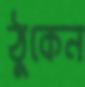
ঠুকেন